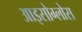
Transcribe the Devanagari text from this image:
आइसोग्लोस